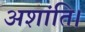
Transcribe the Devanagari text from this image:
अशांति।